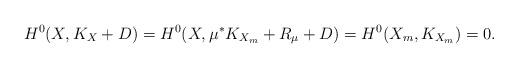
LaTeX: \begin{align*}H^0(X, K_X + D) = H^0(X,\mu^*K_{X_m}+R_{\mu}+D) = H^0(X_m,K_{X_m}) = 0.\end{align*}